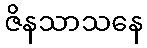
ဇိနသာသနေ